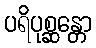
ပရိပုစ္ဆန္တော